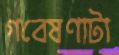
গবেষণাটা